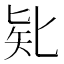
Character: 𠤗